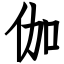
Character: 伽